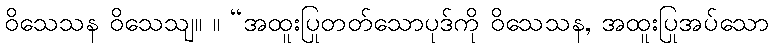
ဝိသေသန ဝိသေသျ။ ။ “အထူးပြုတတ်သောပုဒ်ကို ဝိသေသန, အထူးပြုအပ်သော